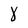
Character: 8